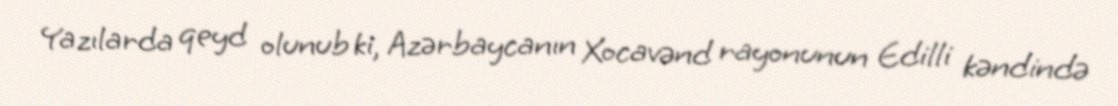
Yazılarda qeyd olunub ki, Azərbaycanın Xocavənd rayonunun Edilli kəndində